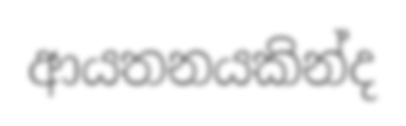
ආයතනයකින්ද